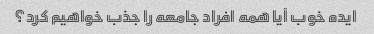
ایده خوب آیا همه افراد جامعه را جذب خواهیم کرد؟